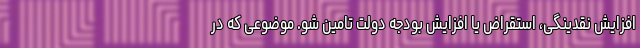
افزایش نقدینگی، استقراض یا افزایش بودجه دولت تامین شو. موضوعی که در